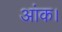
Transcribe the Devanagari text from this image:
आंक।